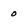
Character: 0